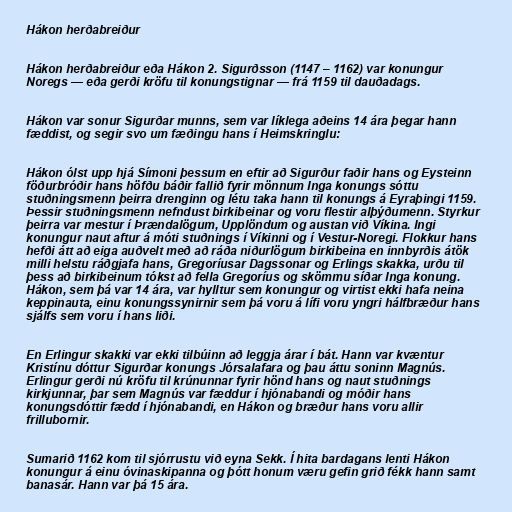
Hákon herðabreiður

Hákon herðabreiður eða Hákon 2. Sigurðsson (1147 – 1162) var konungur
Noregs — eða gerði kröfu til konungstignar — frá 1159 til dauðadags.

Hákon var sonur Sigurðar munns, sem var líklega aðeins 14 ára þegar hann
fæddist, og segir svo um fæðingu hans í Heimskringlu:

Hákon ólst upp hjá Símoni þessum en eftir að Sigurður faðir hans og Eysteinn
föðurbróðir hans höfðu báðir fallið fyrir mönnum Inga konungs sóttu
stuðningsmenn þeirra drenginn og létu taka hann til konungs á Eyraþingi 1159.
Þessir stuðningsmenn nefndust birkibeinar og voru flestir alþýðumenn. Styrkur
þeirra var mestur í Þrændalögum, Upplöndum og austan við Víkina. Ingi
konungur naut aftur á móti stuðnings í Víkinni og í Vestur-Noregi. Flokkur hans
hefði átt að eiga auðvelt með að ráða niðurlögum birkibeina en innbyrðis átök
milli helstu ráðgjafa hans, Gregoríusar Dagssonar og Erlings skakka, urðu til
þess að birkibeinum tókst að fella Gregoríus og skömmu síðar Inga konung.
Hákon, sem þá var 14 ára, var hylltur sem konungur og virtist ekki hafa neina
keppinauta, einu konungssynirnir sem þá voru á lífi voru yngri hálfbræður hans
sjálfs sem voru í hans liði.

En Erlingur skakki var ekki tilbúinn að leggja árar í bát. Hann var kvæntur
Kristínu dóttur Sigurðar konungs Jórsalafara og þau áttu soninn Magnús.
Erlingur gerði nú kröfu til krúnunnar fyrir hönd hans og naut stuðnings
kirkjunnar, þar sem Magnús var fæddur í hjónabandi og móðir hans
konungsdóttir fædd í hjónabandi, en Hákon og bræður hans voru allir
frillubornir.

Sumarið 1162 kom til sjórrustu við eyna Sekk. Í hita bardagans lenti Hákon
konungur á einu óvinaskipanna og þótt honum væru gefin grið fékk hann samt
banasár. Hann var þá 15 ára.